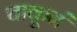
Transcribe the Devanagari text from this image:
चाकूनं